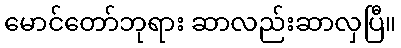
မောင်တော်ဘုရား ဆာလည်းဆာလှပြီ။